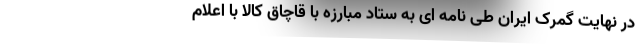
در نهایت گمرک ایران طی نامه ای به ستاد مبارزه با قاچاق کالا با اعلام